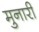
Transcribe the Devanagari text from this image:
मुनारी